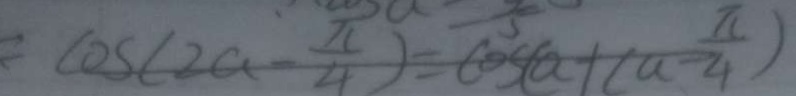
= \cos ( 2 a - \frac { \pi } { 4 } ) = \cos ( a + ( a - \frac { \pi } { 4 } )